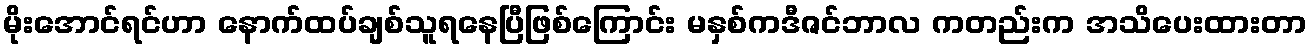
မိုးအောင်ရင်ဟာ နောက်ထပ်ချစ်သူရနေပြီဖြစ်ကြောင်း မနှစ်ကဒီဇင်ဘာလ ကတည်းက အသိပေးထားတာ